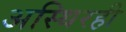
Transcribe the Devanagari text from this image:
अस्थिरही